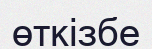
өткізбе